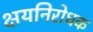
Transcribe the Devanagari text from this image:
क्षयनिरोधक